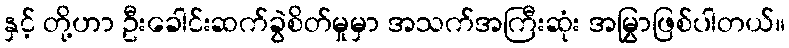
နှင့် တို့ဟာ ဦးခေါင်းဆက်ခွဲစိတ်မှုမှာ အသက်အကြီးဆုံး အမြွှာဖြစ်ပါတယ်။